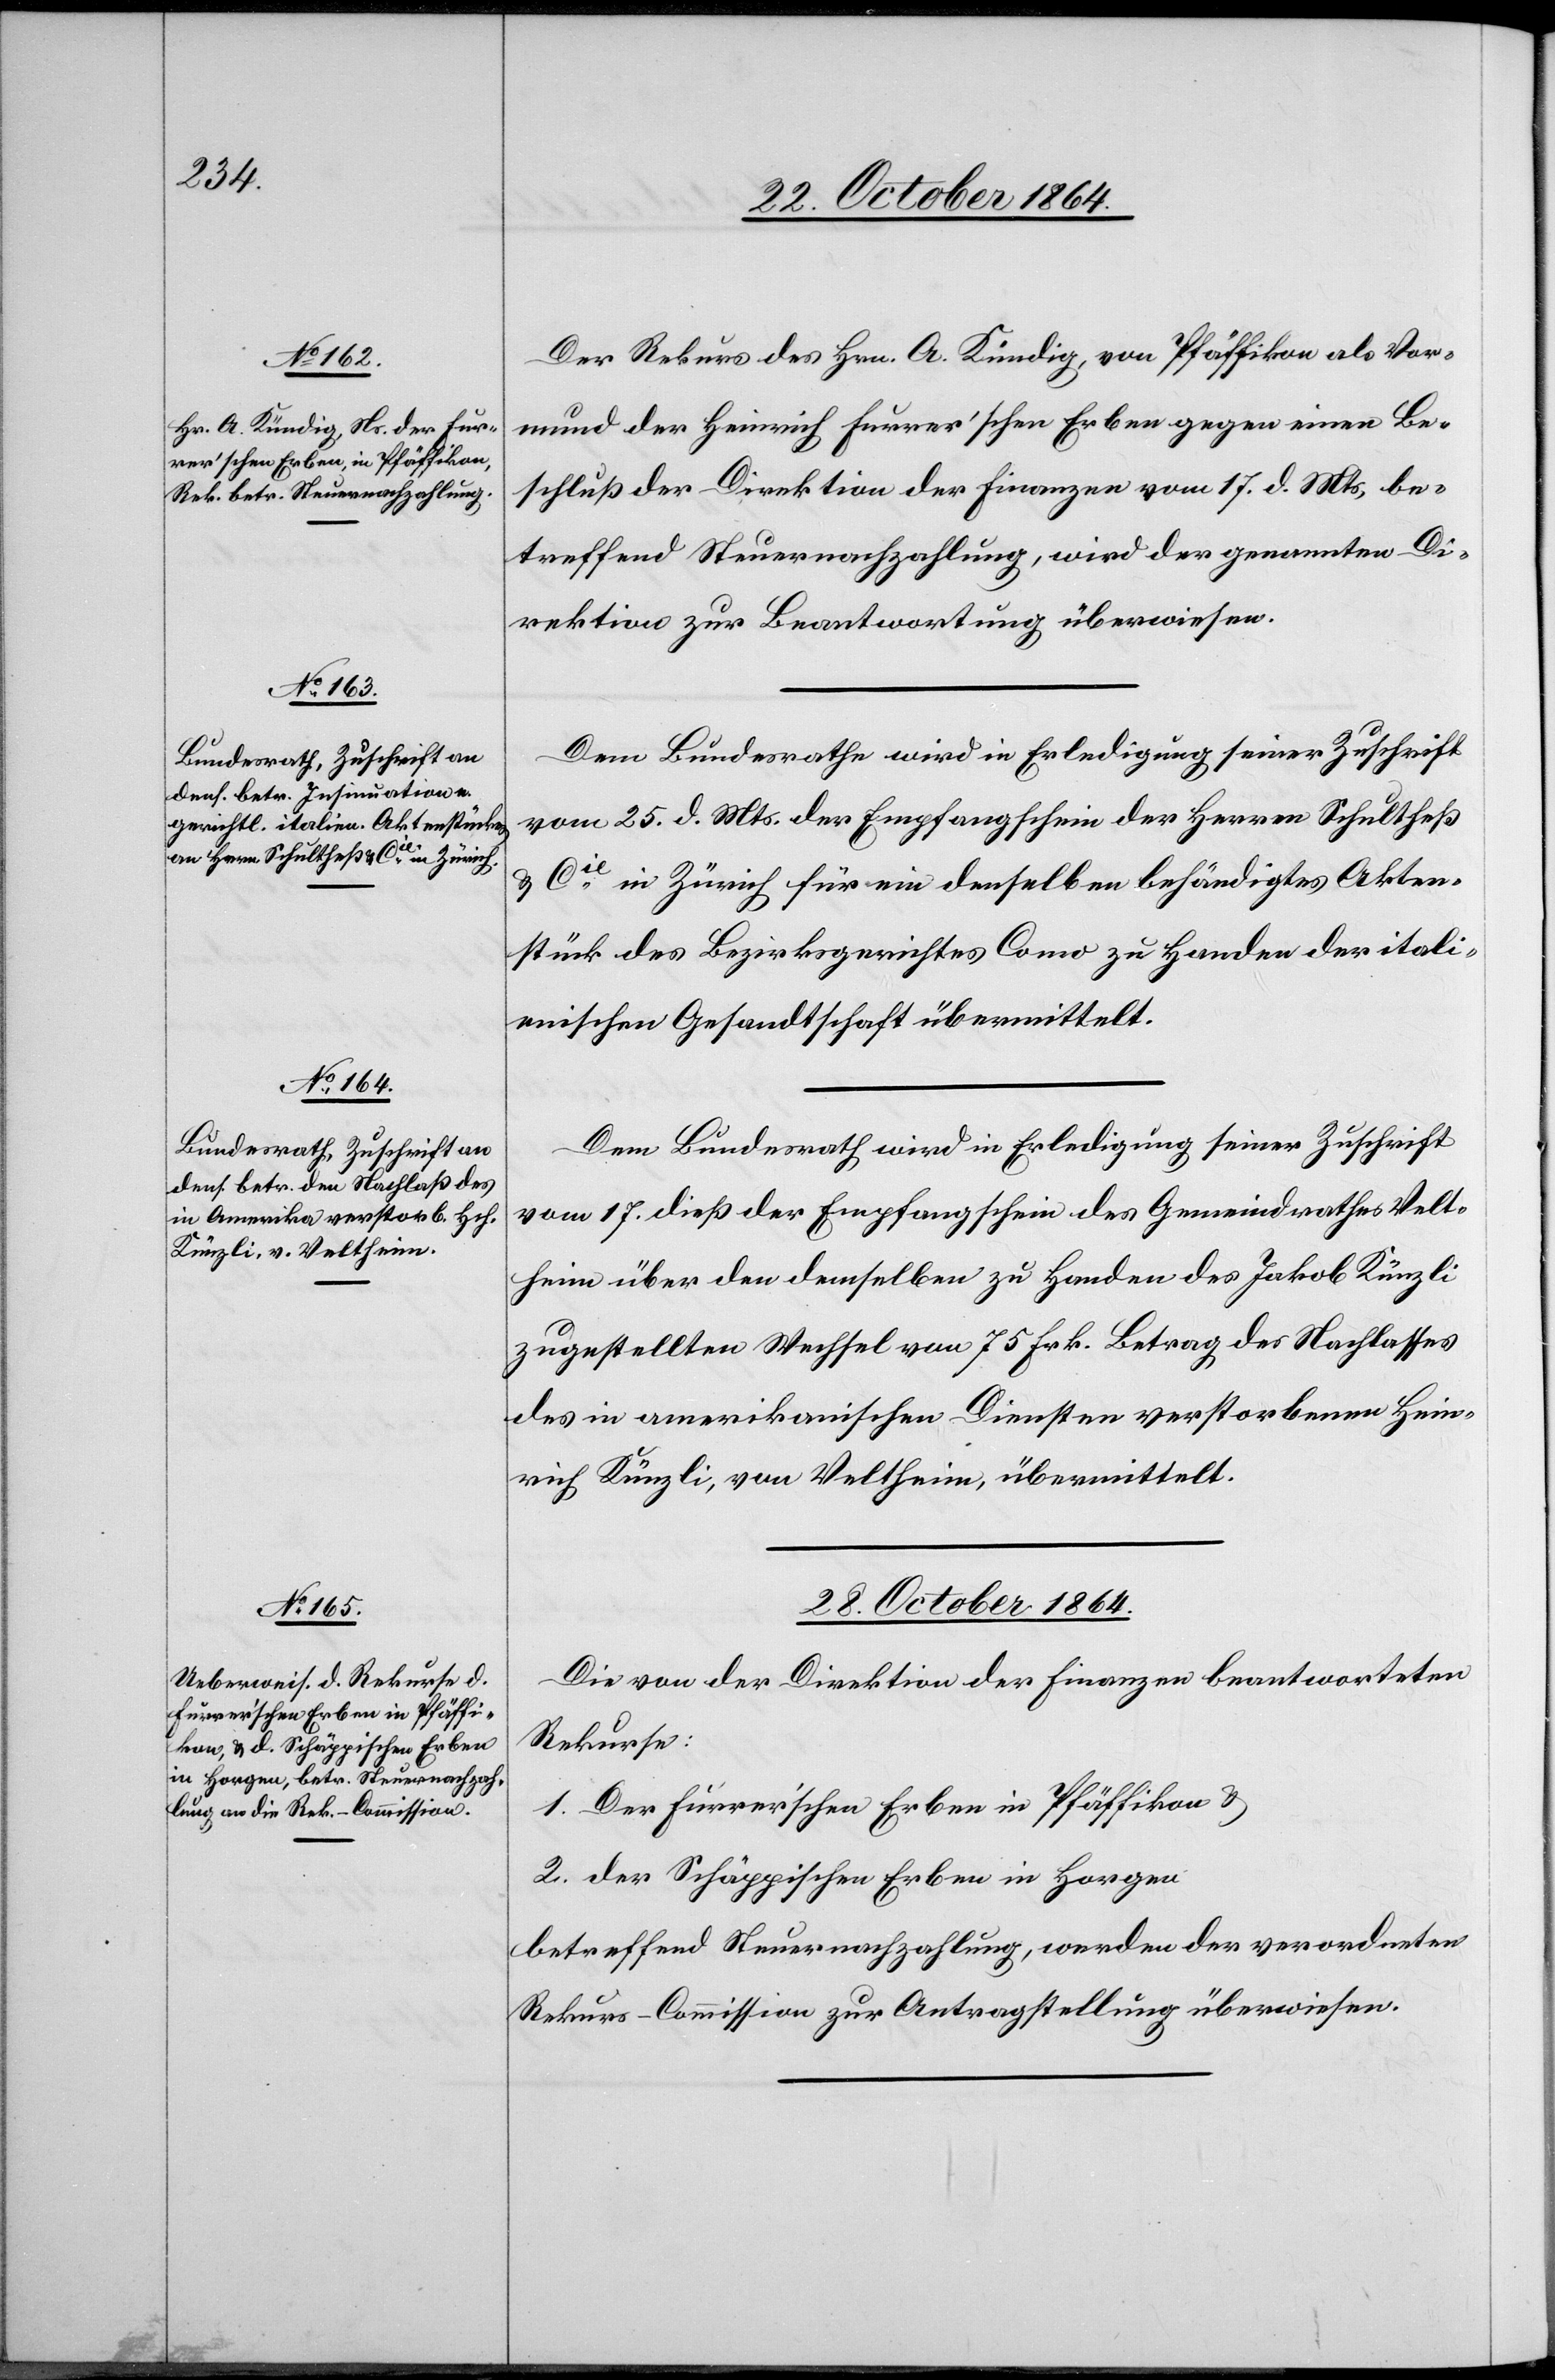
27. October 1864.]
Der Rekurs des Hrn. A. Kündig von Pfäffikon als Vor¬
mund der Heinrich Furrer’schen Erben gegen einen Be¬
schluß der Direktion der Finanzen vom 17. d. Mts, be¬
treffend Steuernachzahlung, wird der genannten Di¬
rektion zur Beantwortung überwiesen.
Dem Bundesrathe wird in Erledigung seiner Zuschrift
vom 25. d. Mts. der Empfangschein der Herren Schultheß
& Cie in Zürich für ein denselben behändigtes Akten¬
stück des Bezirksgerichtes Como zu Handen der itali¬
enischen Gesandtschaft übermittelt.
Dem Bundesrath wird in Erledigung seiner Zuschrift
vom 17. dieß der Empfangschein des Gemeindrathes Velt¬
heim über den demselben zu Handen des Jakob Künzli
zugestellten Wechsel von 75 Frk. Betrag des Nachlasses
des in amerikanischen Diensten verstorbenen Hein¬
rich Künzli, von Veltheim, übermittelt.
28. October 1864.
Die von der Direktion der Finanzen beantworteten
Rekurse:
1. Der Furrer’schen Erben in Pfäffikon &
2. Der Schäppischen Erben in Horgen
betreffend Steuernachzahlung, werden der verordneten
Rekurs-Commission zur Antragstellung überwiesen.